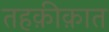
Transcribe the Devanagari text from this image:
तहक़ीक़ात